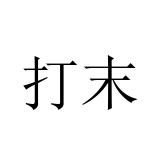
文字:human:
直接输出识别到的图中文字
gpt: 打末